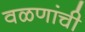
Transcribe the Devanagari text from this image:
वळणांची